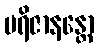
ပရိဇာနန္တော